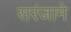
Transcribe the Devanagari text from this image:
सरंजामे